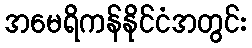
အမေရိကန်နိုင်ငံအတွင်း